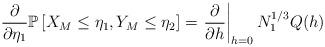
LaTeX: \begin{align*}\frac{\partial}{\partial\eta_1}\mathbb{P}\left[X_M\le\eta_1,Y_M\le\eta_2\right]=\left.\frac{\partial}{\partial h}\right|_{h=0}N_1^{1/3}Q(h)\end{align*}